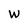
Character: W